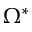
\Omega ^ { * }